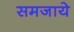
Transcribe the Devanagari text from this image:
समजाये